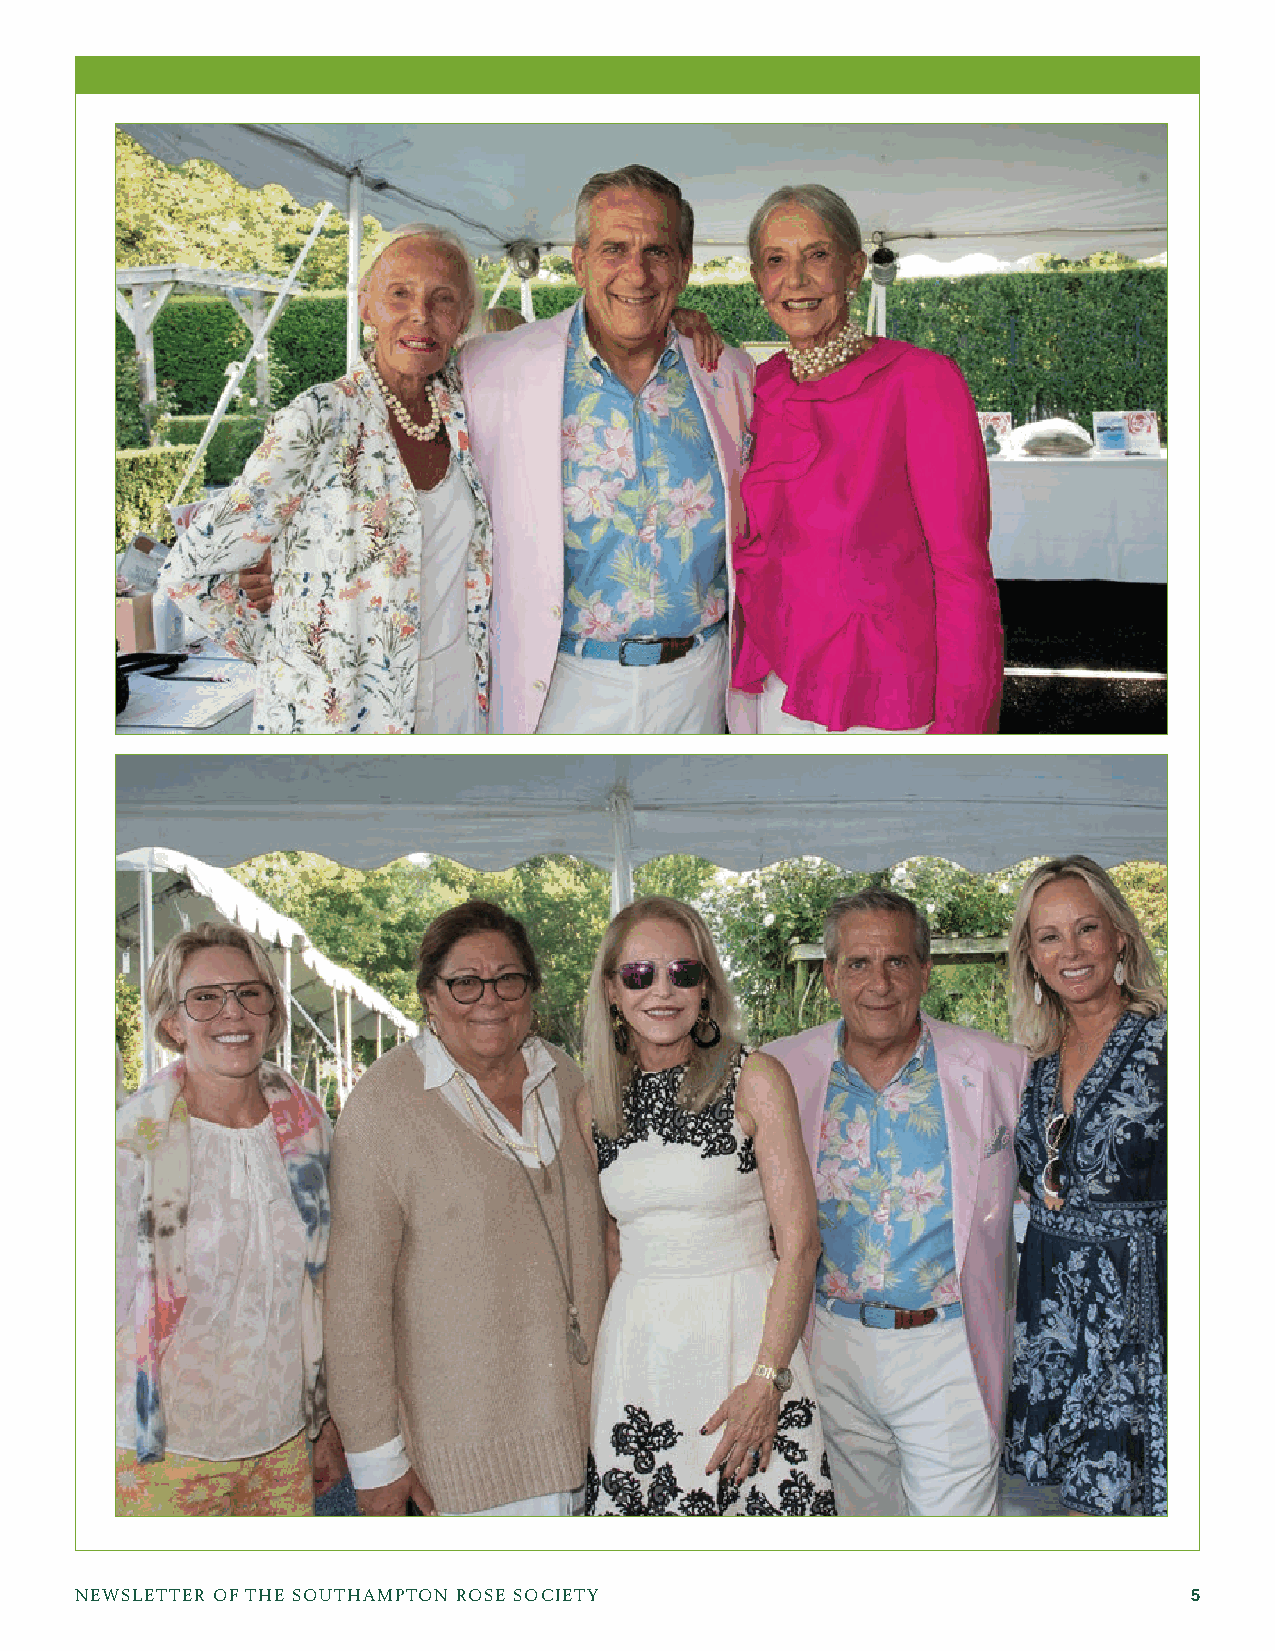
NEWSLETTER OF THE SOUTHAMPTON ROSE SOCIETY                                5